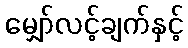
မျှော်လင့်ချက်နှင့်